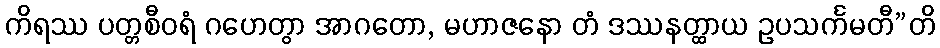
ကိရဿ ပတ္တစီဝရံ ဂဟေတွာ အာဂတော, မဟာဇနော တံ ဒဿနတ္ထာယ ဥပသင်္ကမတီ”တိ